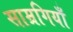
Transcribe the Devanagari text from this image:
साम्रगियाँ